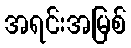
အရင်းအမြစ်